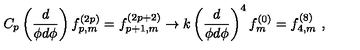
C _ { p } \left( \frac { d } { \phi d \phi } \right) f _ { p , m } ^ { ( 2 p ) } = f _ { p + 1 , m } ^ { ( 2 p + 2 ) } \rightarrow k \left( \frac { d } { \phi d \phi } \right) ^ { 4 } f _ { m } ^ { ( 0 ) } = f _ { 4 , m } ^ { ( 8 ) } \ ,